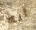
انه